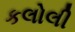
કલોલી